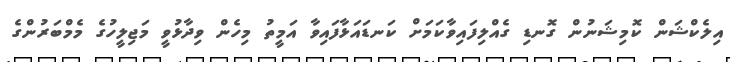
އިލެކްޝަން ކޮމިޝަނުން ގޮނޑި ގެއްލިފައިވާކަމަށް ކަނޑައަޅާފައިވާ އަމީތު މިހެން ވިދާޅުވީ މަޖިލީހުގެ މެމްބަރުންގެ